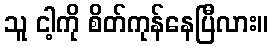
သူ ငါ့ကို စိတ်ကုန်နေပြီလား။